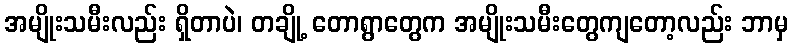
အမျိုးသမီးလည်း ရှိတာပဲ၊ တချို့ တောရွာတွေက အမျိုးသမီးတွေကျတော့လည်း ဘာမှ